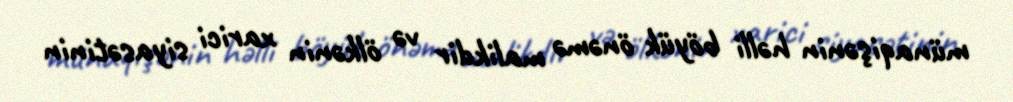
münaqişənin həlli böyük önəmə malikdir və ölkənin xarici siyasətinin